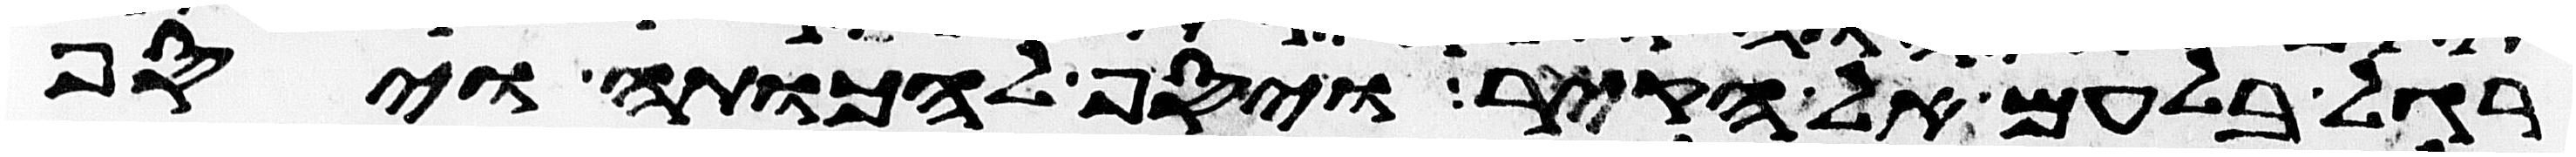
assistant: רגל בלעם אל הקיר ויסף להכותה ויסף